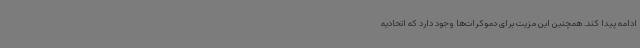
ادامه پیدا کند. همچنین این مزیت برای دموکرات‌ها وجود دارد که اتحادیه